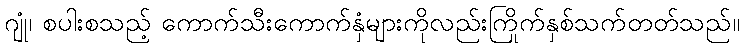
ဂျုံ၊ စပါးစသည့် ကောက်သီးကောက်နှံများကိုလည်းကြိုက်နှစ်သက်တတ်သည်။